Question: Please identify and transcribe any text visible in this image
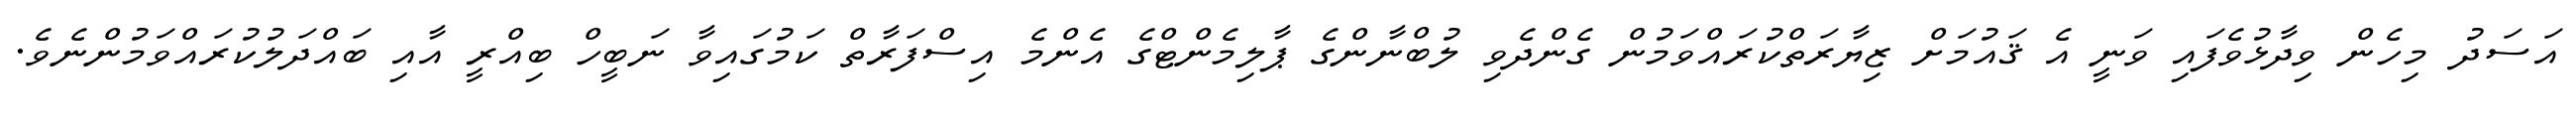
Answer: އަސަދު މިހެން ވިދާޅުވެފައި ވަނީ އެ ޤައުމަށް ޒިޔާރަތްކުރައްވަމުން ގެންދެވި ލުބްނާންގެ ޕާލިމެންޓްގެ އެންމެ އިސްފަރާތް ކަމުގައިވާ ނަބީހް ބިއްރީ އާއި ބައްދަލުކުރައްވަމުންނެވެ.